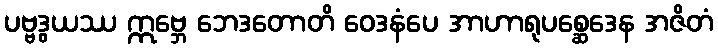
ပဗ္ဗဒွယဿ ဣဗ္ဘေ ဘေဒတောတိ ဝေဒနံပေ အာဟာရုပစ္ဆေဒေန အဇိတံ